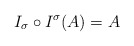
\begin{align*} I_\sigma \circ I^\sigma(A)=A\end{align*}